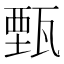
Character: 甄